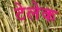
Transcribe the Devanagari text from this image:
टेलेक